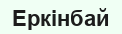
Еркінбай